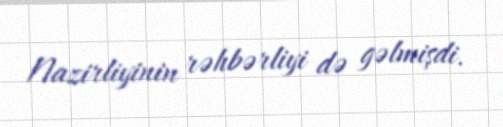
Nazirliyinin rəhbərliyi də gəlmişdi.